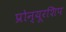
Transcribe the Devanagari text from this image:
प्रोन्‍यूरशिप